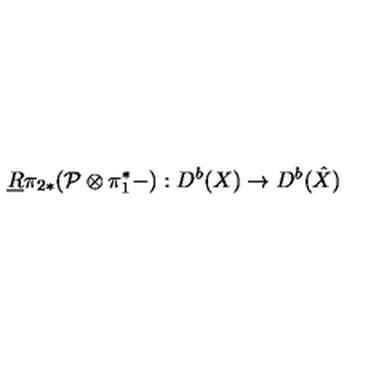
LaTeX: \underline { { R } } \pi _ { 2 * } ( { \cal P } \otimes \pi _ { 1 } ^ { * } - ) : D ^ { b } ( X ) \rightarrow D ^ { b } ( \hat { X } )